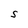
Character: S